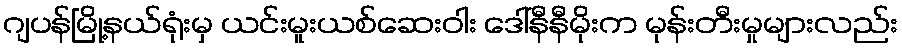
ဂျပန်မြို့နယ်ရုံးမှ ယင်းမူးယစ်ဆေးဝါး ဒေါ်နီနီမိုးက မုန်းတီးမှုများလည်း